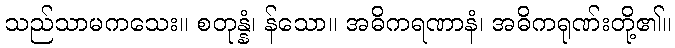
သည်သာမကသေး။ စတုန္နံ၊ န်သော။ အဓိကရဏာနံ၊ အဓိကရုဏ်းတို့၏။